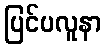
ပြင်ပလူနာ